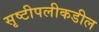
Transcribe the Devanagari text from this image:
सृष्टीपलीकडील